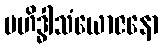
ဗဟိဒ္ဓါသံယောဇနော